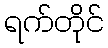
ရက်တိုင်